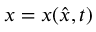
x = x ( \hat { x } , t )